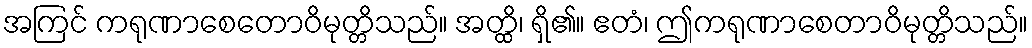
အကြင် ကရုဏာစေတောဝိမုတ္တိသည်။ အတ္ထိ၊ ရှိ၏။ ဧတံ၊ ဤကရုဏာစေတာဝိမုတ္တိသည်။